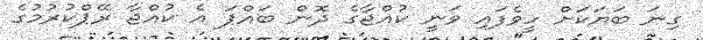
ގިނަ ބަޔަކަށް ހީވެފައި ވަނީ ކުއްޖާގެ ދޮން ބައްޕަ އެ ކުއްޖާ ރޭޕްކުރުމުގެ